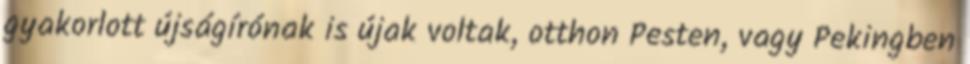
gyakorlott újságírónak is újak voltak, otthon Pesten, vagy Pekingben